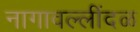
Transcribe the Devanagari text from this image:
नागावल्लींदळ